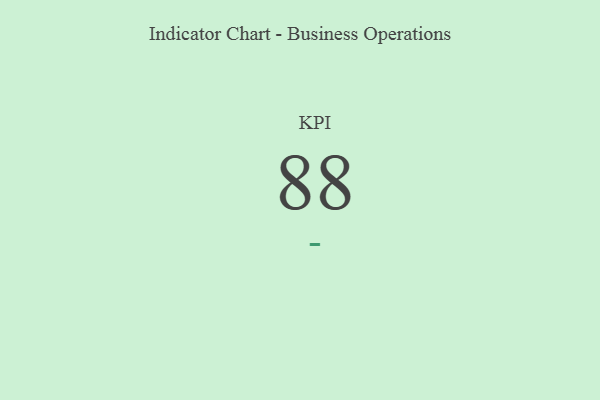
{"axis": {"x": "KPI", "y": "Value"}, "legend": [""], "data": [{"x": "KPI", "y": 88, "type": ""}]}